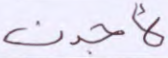
لأجدن